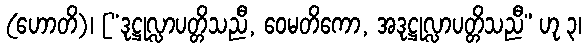
(ဟောတိ)၊ [“ဒုဋ္ဌုလ္လာပတ္တိသညီ, ဝေမတိကော, အဒုဋ္ဌုလ္လာပတ္တိသညီ” ဟု ၃၊